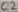
Text: C2